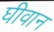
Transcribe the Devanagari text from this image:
घीवान